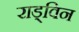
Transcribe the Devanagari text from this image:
राड्विन